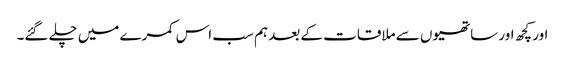
اور کچھ اور ساتھیوں سے ملاقات کے بعد ہم سب اس کمرے میں چلے گئے۔